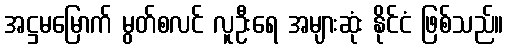
အဋ္ဌမမြောက် မွတ်စလင် လူဦးရေ အများဆုံး နိုင်ငံ ဖြစ်သည်။